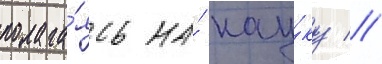
полага́ясь на́ нау́ку //